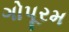
ગોપૂરમ